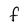
Character: f